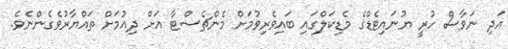
އަދި ނަވާސް ހުރީ ޔުނައިޓެޑްގެ މެޑިކަލްގައި ބައިވެރިވުމަށް މެންޗެސްޓާ އަށް ދިއުމަށް ތައްޔާރުވެގެންނެވެ.